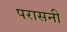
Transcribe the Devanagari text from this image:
परासनी